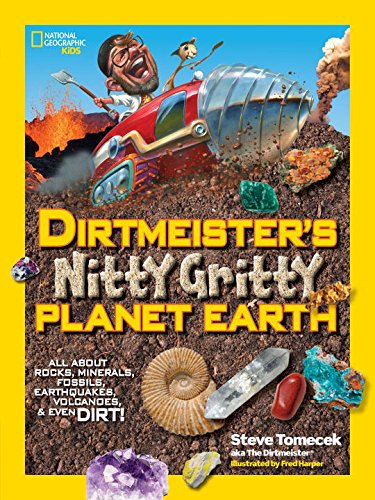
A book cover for Dirtmeister's Nitty Gritty Planet Earth: All About Rocks, Minerals, Fossils, Earthquakes, Volcanoes, & Even Dirt! (National Geographic Kids); Steve Tomecek; Children's Books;